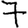
Digit: 7